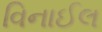
વિનાઈલ